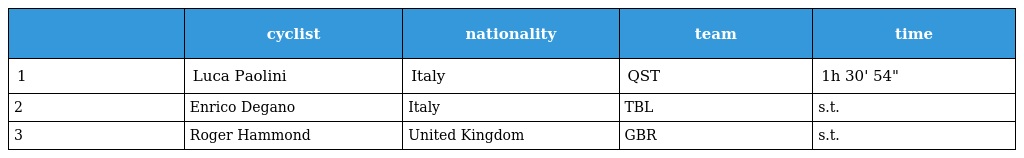
|  | cyclist | nationality | team | time |
 | --- | --- | --- | --- | --- |
 | 1 | Luca Paolini | Italy | QST | 1h 30' 54" |
 | 2 | Enrico Degano | Italy | TBL | s.t. |
 | 3 | Roger Hammond | United Kingdom | GBR | s.t. |